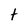
Character: t